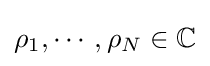
\rho _{1},\cdots ,\rho _{N}\in \mathbb {C}